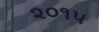
૨૦૧૫